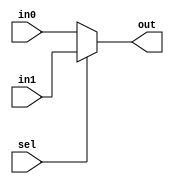
////////////////////////////////////////////////////////////////////////////////                                          
// SPDX-FileCopyrightText: 2022, Jure Vreca                                   //                                          
//                                                                            //                                          
// Licenseunder the Apache License, Version 2.0(the "License");               //                                          
// you maynot use this file except in compliance with the License.            //                                           
// You may obtain a copy of the License at                                    //                                          
//                                                                            //                                          
//      http://www.apache.org/licenses/LICENSE-2.0                            //                                          
//                                                                            //                                          
// Unless required by applicable law or agreed to in writing, software        //                                          
// distributed under the License is distributed on an "AS IS" BASIS,          //                                          
// WITHOUT WARRANTIES OR CONDITIONS OF ANY KIND, either express or implied.   //                                          
// See the License for the specific language governing permissions and        //                                          
// limitations under the License.                                             //                                          
// SPDX-License-Identifier: Apache-2.0                                        //                                          
// SPDX-FileContributor: Jure Vreca <jurevreca12@gmail.com>                   //                                          
////////////////////////////////////////////////////////////////////////////////      
// A simple helper module. A 2x1 multiplixer

module mux2x1(
    input in0,
    input in1,
    input sel,
    output out
);

    assign out = (sel)?in1:in0;

endmodule